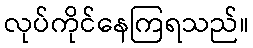
လုပ်ကိုင်နေကြရသည်။